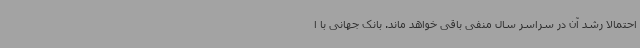
احتمالا رشد آن در سراسر سال منفی باقی خواهد ماند. بانک جهانی با ا